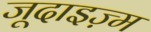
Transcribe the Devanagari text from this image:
जूदाइज़्म